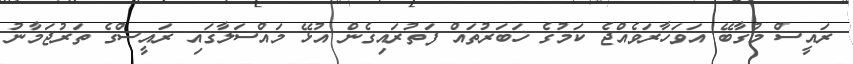
ރައީސް މުގާބޭ އަވަހާރަވެއްޖެ ކަމުގެ ޚަބަރުތައް ފަތުރައިގެން އުޅޭ މައްސަލާގައި ރައީސްގެ ތަރުޖަމާނު